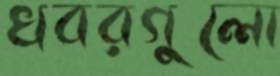
খবরগুলো